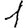
Digit: 1